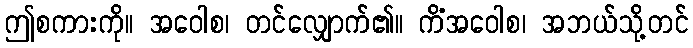
ဤစကားကို။ အဝေါစ၊ တင်လျှောက်၏။ ကိံအဝေါစ၊ အဘယ်သို့တင်